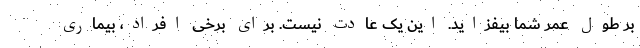
بر طول عمر شما بیفزاید. این یک عادت نیست. برای برخی افراد، بیماری